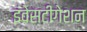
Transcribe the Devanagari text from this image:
इंवेसटीगेशन